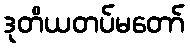
ဒုတိယတပ်မတော်